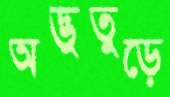
অদ্ভুতুড়ে